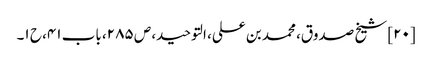
[۲۰] شیخ صدوق، محمد بن علی، التوحید، ص ۲۸۵، باب ۴۱، ح ۱۔